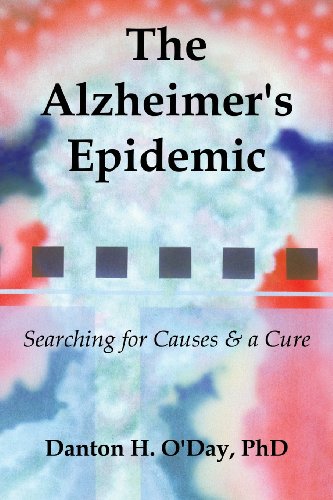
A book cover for The Alzheimer's Epidemic; Danton O'Day; Medical Books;